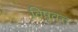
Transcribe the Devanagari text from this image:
विषुवत्त